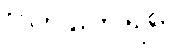
ဗဟုဘေရဝေ